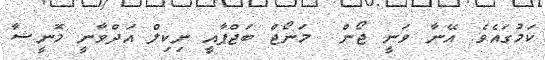
ކަމުގައެވެ. އޭނާ ވަނީ ޖޯން  މަނޯޖް ބަޖްޕާއީ ނިކިލް އަދްވާނީ މޮނީޝާ